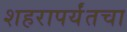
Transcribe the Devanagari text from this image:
शहरापर्यंतचा